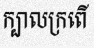
ក្បាលក្រពើ